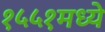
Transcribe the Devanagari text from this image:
१५५१मध्ये